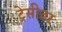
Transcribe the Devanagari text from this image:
ट्रेसीडर